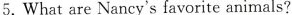
5. What are Nancy's favorite animals?